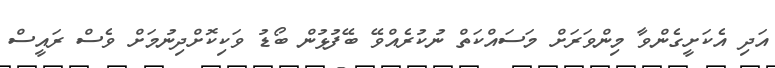
އަދި އެކަށީގެންވާ މިންވަރަށް މަސައްކަތް ނުކުރެެއްވޭ ބޭފުޅުން ބޯޑު ވަކިކޮށްދިނުމަށް ވެސް ރައީސް